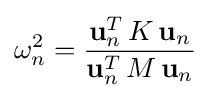
\omega _{n}^{2}={\frac {{\textbf {u}}_{n}^{T}\,K\,{\textbf {u}}_{n}}{{\textbf {u}}_{n}^{T}\,M\,{\textbf {u}}_{n}}}